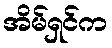
အိမ်ရှင်က